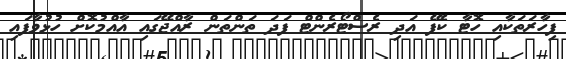
ފިހާރަތަކާއި ހޮޓާ ކެފޭ އަދި ރެސްޓޯރެންޓް ފަދަ ތަންތަން ރާއްޖޭގައި އާއްމުކޮށް ހުޅުވާފައި